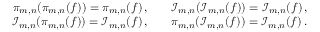
\begin{array} { r l } { \pi _ { m , n } ( \pi _ { m , n } ( f ) ) = \pi _ { m , n } ( f ) \, , \quad } & { \mathcal { I } _ { m , n } ( \mathcal { I } _ { m , n } ( f ) ) = \mathcal { I } _ { m , n } ( f ) \, , } \\ { \mathcal { I } _ { m , n } ( \pi _ { m , n } ( f ) ) = \mathcal { I } _ { m , n } ( f ) \, , \quad } & { \pi _ { m , n } ( \mathcal { I } _ { m , n } ( f ) ) = \mathcal { I } _ { m , n } ( f ) \, . } \end{array}